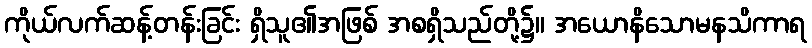
ကိုယ်လက်ဆန့်တန်းခြင်း ရှိသူ၏အဖြစ် အစရှိသည်တို့၌။ အယောနိသောမနသိကာရ